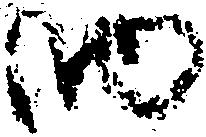
納